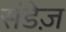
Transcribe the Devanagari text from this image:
संडेज़